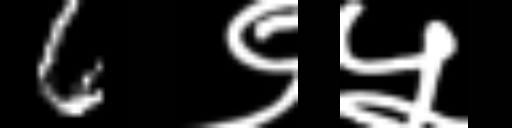
Text: 6९५